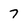
Character: 7